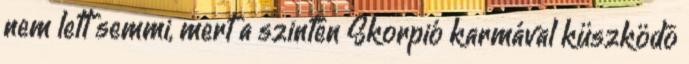
nem lett semmi, mert a szintén Skorpió karmával küszködõ